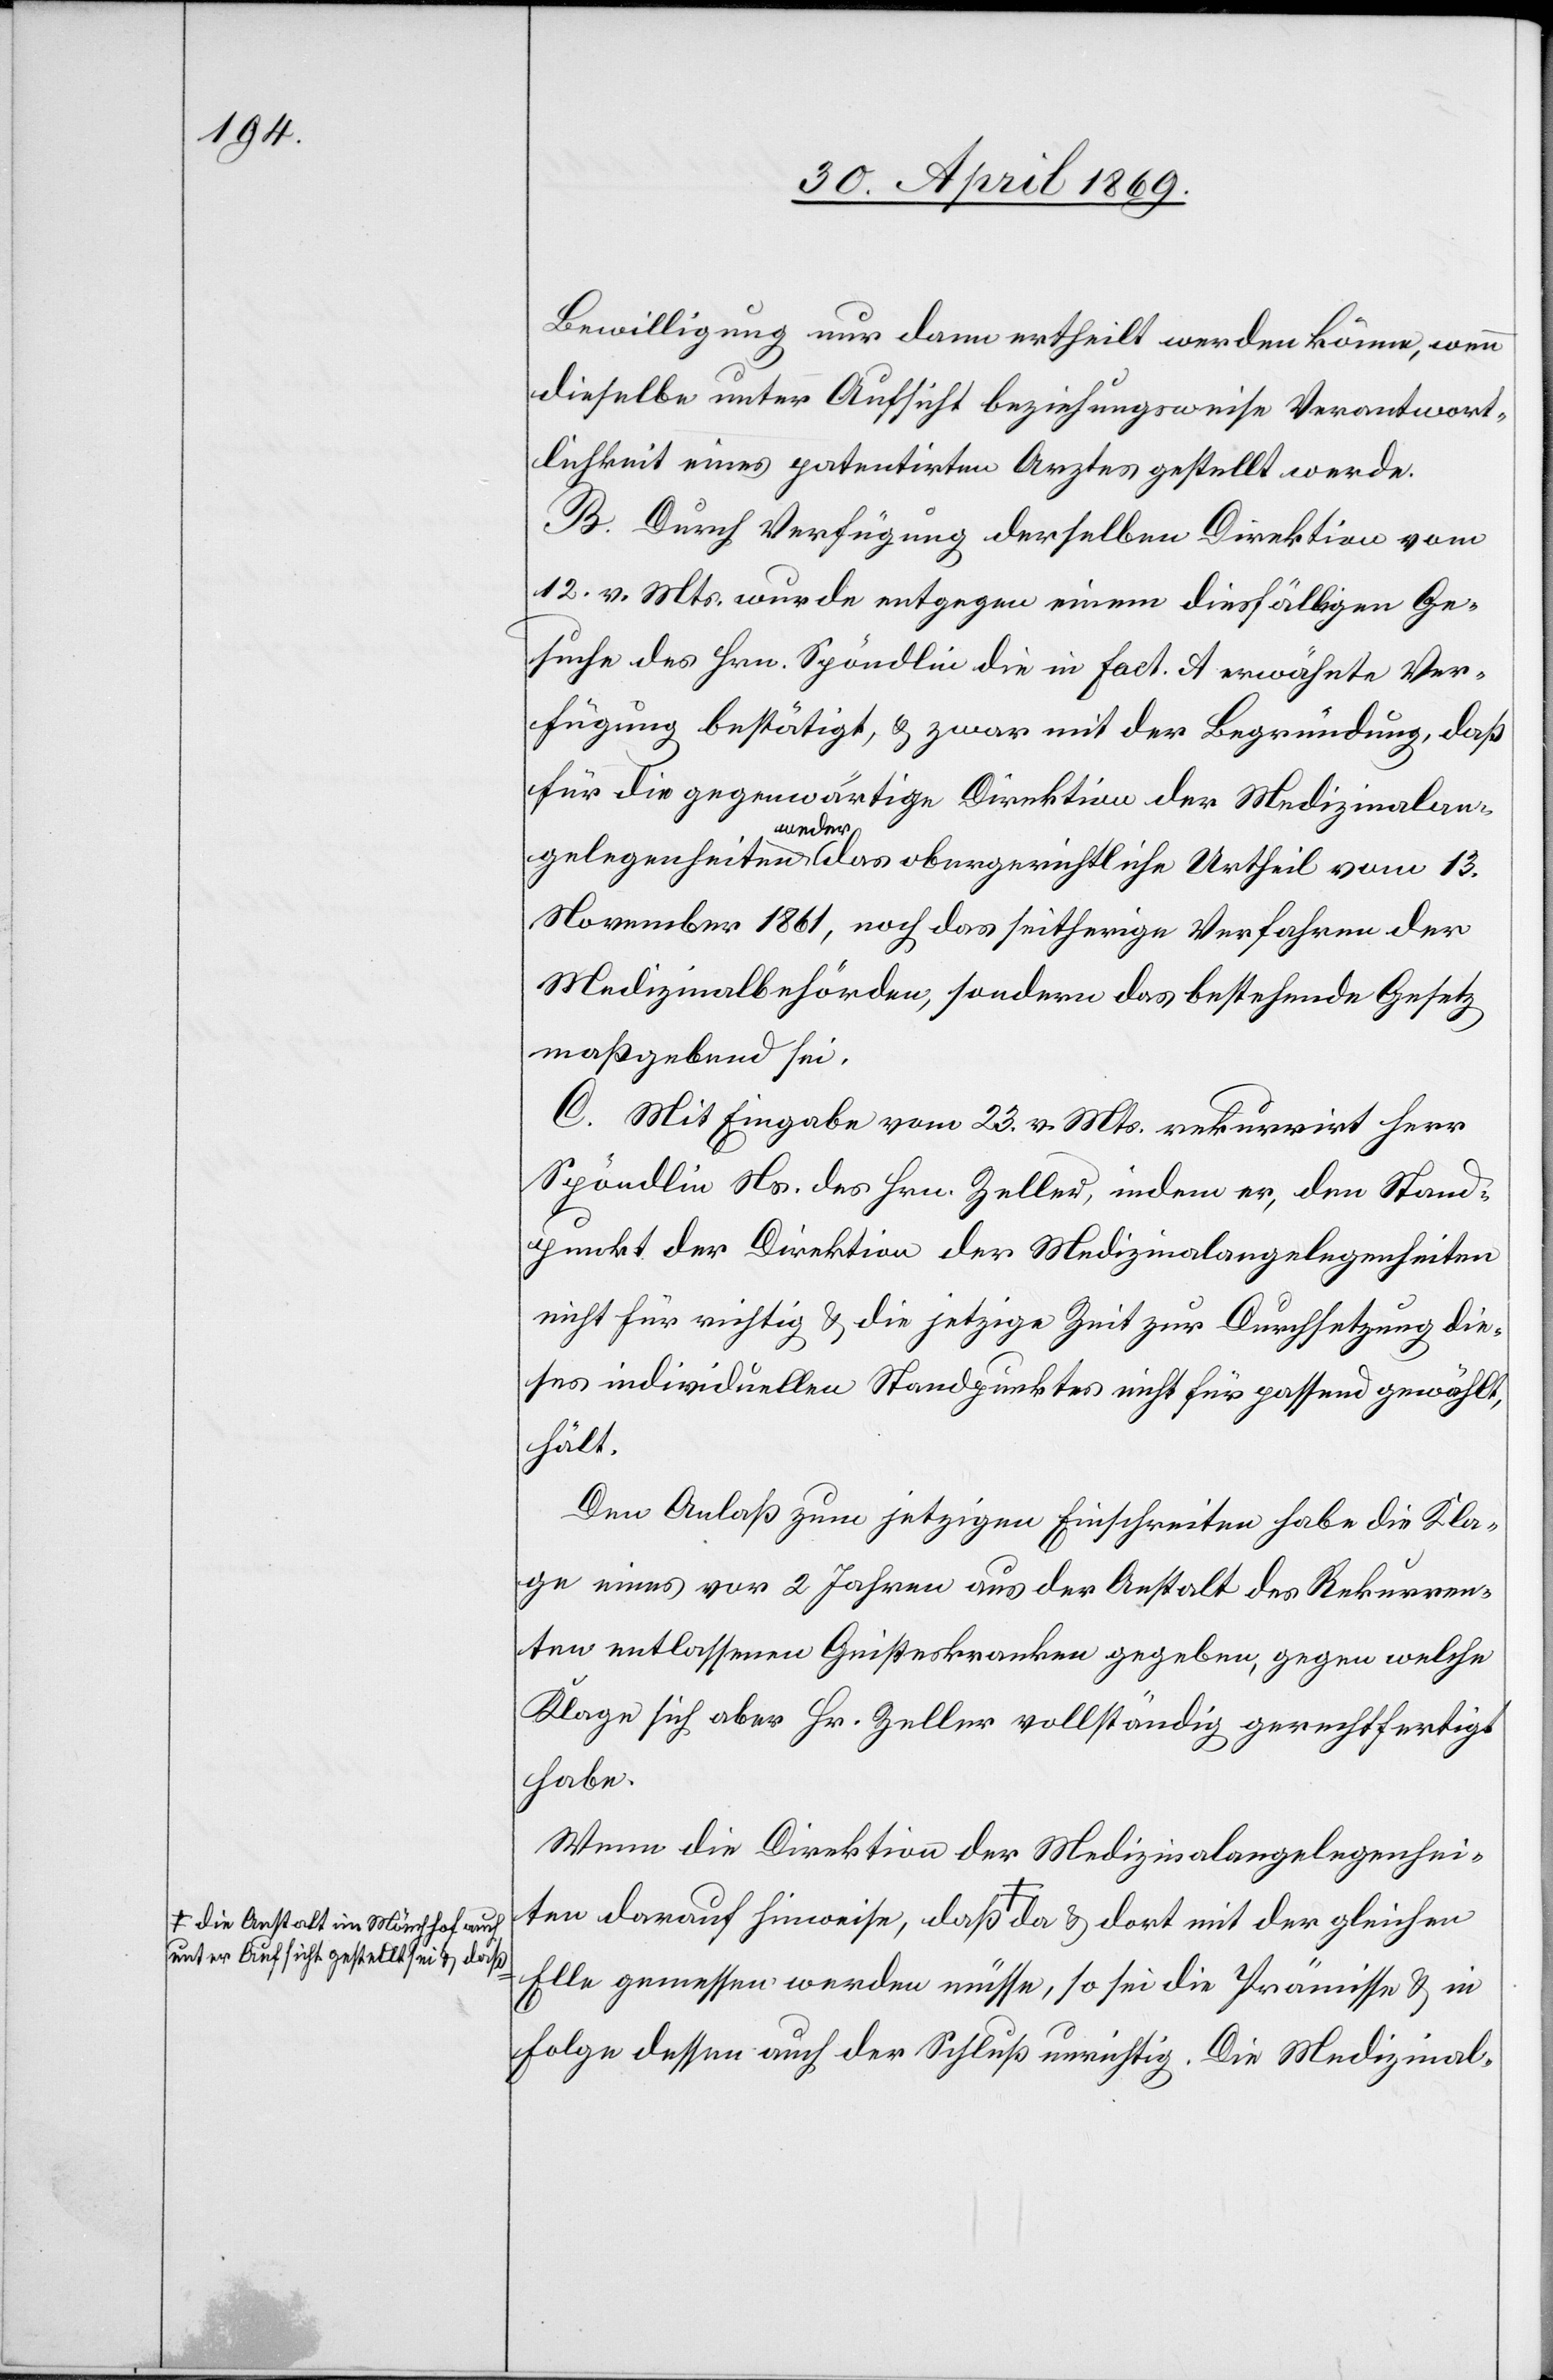
unter Aufsicht gestellt sei u. daß-a

Bewilligung nur dann ertheilt werden könne, wenn
dieselbe unter Aufsicht beziehungsweise Verantwort¬
lichkeit eines patentirten Arztes gestellt werde.
B. Durch Verfügung derselben Direktion vom
12 v. Mts. wurde entgegen einem diesfälligen Ge¬
suche des Hrn. Spöndlin die in Fact. A erwähnte Ver¬
fügung bestätigt, u. zwar mit der Begründung, daß
für die gegenwärtige Direktion der Medizinalan¬
gelegenheiten weder das obergerichtliche Urtheil vom 13.
November 1861, noch das seitherige Verfahren der
Medizinalbehörden, sondern das bestehende Gesetz
maßgebend sei.
C. Mit Eingabe vom 23. v. Mts. rekurrirt Herr
Spöndlin Ns. des Hrn. Zeller, indem er, den Stand¬
punkt der Direktion der Medizinalangelegenheiten
nicht für richtig u. die jetzige Zeit zur Durchsetzung die¬
ses individuellen Standpunktes nicht für passend gewählt,
hält.
Den Anlaß zum jetzigen Einschreiten habe die Kla¬
ge eines vor 2 Jahren aus der Anstalt des Rekurren¬
ten entlassenen Geisteskranken gegeben, gegen welche
Klage sich aber Hr. Zeller vollständig gerechtfertigt
habe.
Wenn die Direktion der Medizinalangelegenhei¬
ten darauf hinweise, daß a-die Anstalt Mönchhof auch
Elle gemessen werden müsse, so sei die Prämisse u. in
Folge dessen auch der Schluß unrichtig. Die Medizinal-